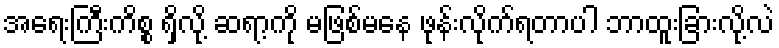
အရေးကြီးကိစ္စ ရှိလို့ ဆရာ့ကို မဖြစ်မနေ ဖုန်းလိုက်ရတာပါ ဘာထူးခြားလို့လဲ